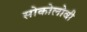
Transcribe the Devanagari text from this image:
सोकोलोवी